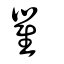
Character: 瞿